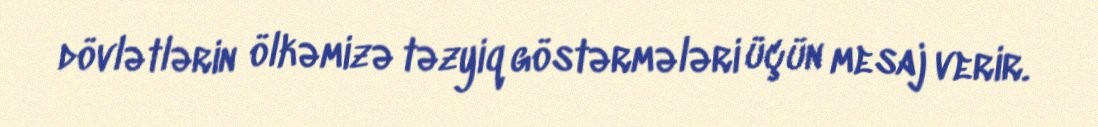
dövlətlərin ölkəmizə təzyiq göstərmələri üçün mesaj verir.